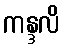
ကန္ဒလိ